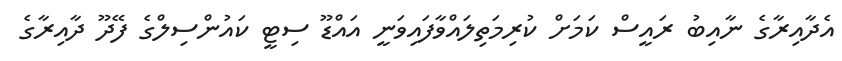
އެދާއިރާގެ ނާއިބު ރައީސް ކަމަށް ކުރިމަތިލައްވާފައިވަނީ އައްޑޫ ސިޓީ ކައުންސިލްގެ ފޭދޫ ދާއިރާގެ